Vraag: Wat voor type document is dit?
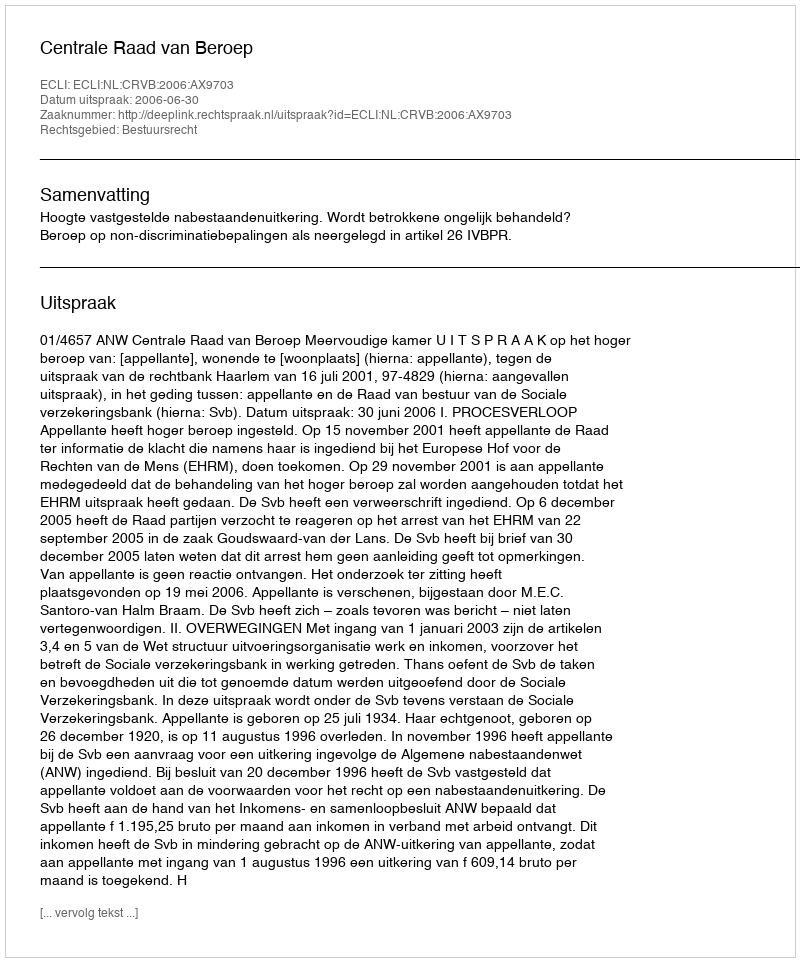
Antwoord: Uitspraak